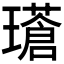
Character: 𪼧